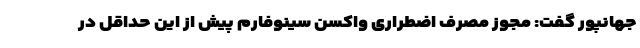
جهانپور گفت: مجوز مصرف اضطراری واکسن سینوفارم پیش از این حداقل در